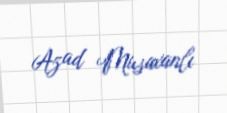
Azad Musaxanlı